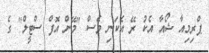
ޕްރިމިއާ ޝޯއާ އެކު ރޭ އެކަނި ވެސް "މޭން އޮފް ސްޓީލް" ގެ